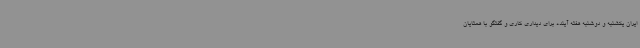
ایران یکشنبه و دوشنبه هفته آینده برای دیداری کاری و گفتگو با همتایان